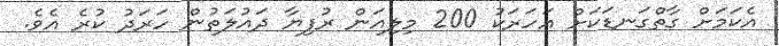
އެކަމަށް ގާތްގަނޑަކަށް އަހަރަކު 200 މިލިއަން ރުފިޔާ ދައުލަތުން ހަރަދު ކުރެ އެވެ.